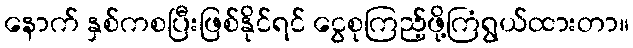
နောက် နှစ်ကစပြီးဖြစ်နိုင်ရင် ငွေစုကြည့်ဖို့ကြံရွယ်ထားတာ။